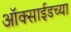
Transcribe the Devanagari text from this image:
ऑक्‍साईडच्या